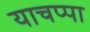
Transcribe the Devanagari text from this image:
याचप्पा